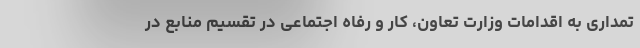
تمداری به اقدامات وزارت تعاون، کار و رفاه اجتماعی در تقسیم منابع در